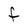
Character: F